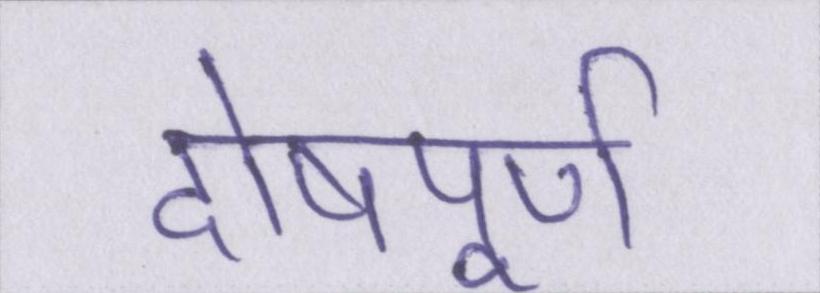
दोषपूर्ण